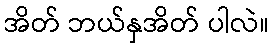
အိတ် ဘယ်နှအိတ် ပါလဲ။